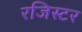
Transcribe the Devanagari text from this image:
रजिस्टर